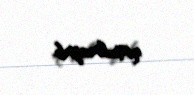
qoşulmayıb.